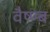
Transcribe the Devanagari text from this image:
वैष्ण्ब